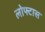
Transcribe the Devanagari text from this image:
लोफ्टास